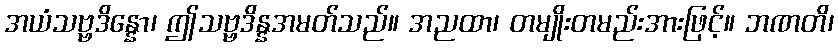
အယံသဗ္ဗဒိန္နော၊ ဤသဗ္ဗဒိန္နအမတ်သည်။ အညထာ၊ တမျိုးတမည်းအားဖြင့်။ ဘဏတိ၊